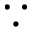
\because